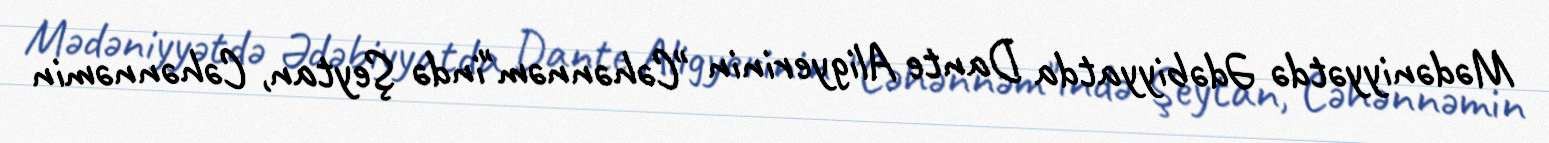
Mədəniyyətdə Ədəbiyyatda Dante Aligyerinin "Cəhənnəm"ində Şeytan, Cəhənnəmin